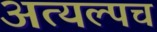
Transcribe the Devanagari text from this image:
अत्यल्पच